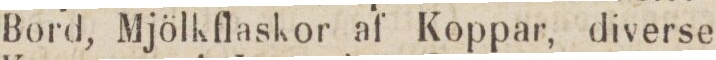
Bord, Mjölkflaskor af Koppar, diverse